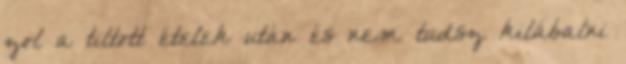
zol a tiltott ételek után és nem tudsz kilábalni